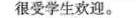
很受学生欢迎。